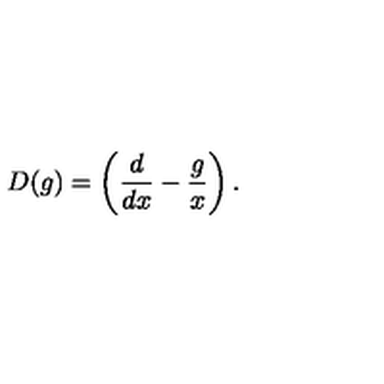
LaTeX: D ( g ) = \left( \frac { d } { d x } - \frac { g } { x } \right) .